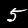
Label: 5